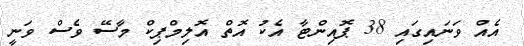
އެއް ވަނައިގައި 38 ޕޮއިންޓާ އެކު އޮތް އޮލިމްޕިކް މާސޭ ވެސް ވަނީ